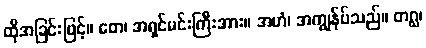
ထိုအခြင်းဖြင့်။ တေ၊ အရှင်မင်းကြီးအား။ အဟံ၊ အကျွန်ုပ်သည်။ တဂ္ဃ၊